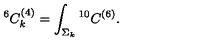
{ } ^ { 6 } C _ { k } ^ { ( 4 ) } = \int _ { \Sigma _ { k } } { } ^ { 1 0 } C ^ { ( 6 ) } .